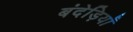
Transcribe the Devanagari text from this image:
बंदेड़ियाँ